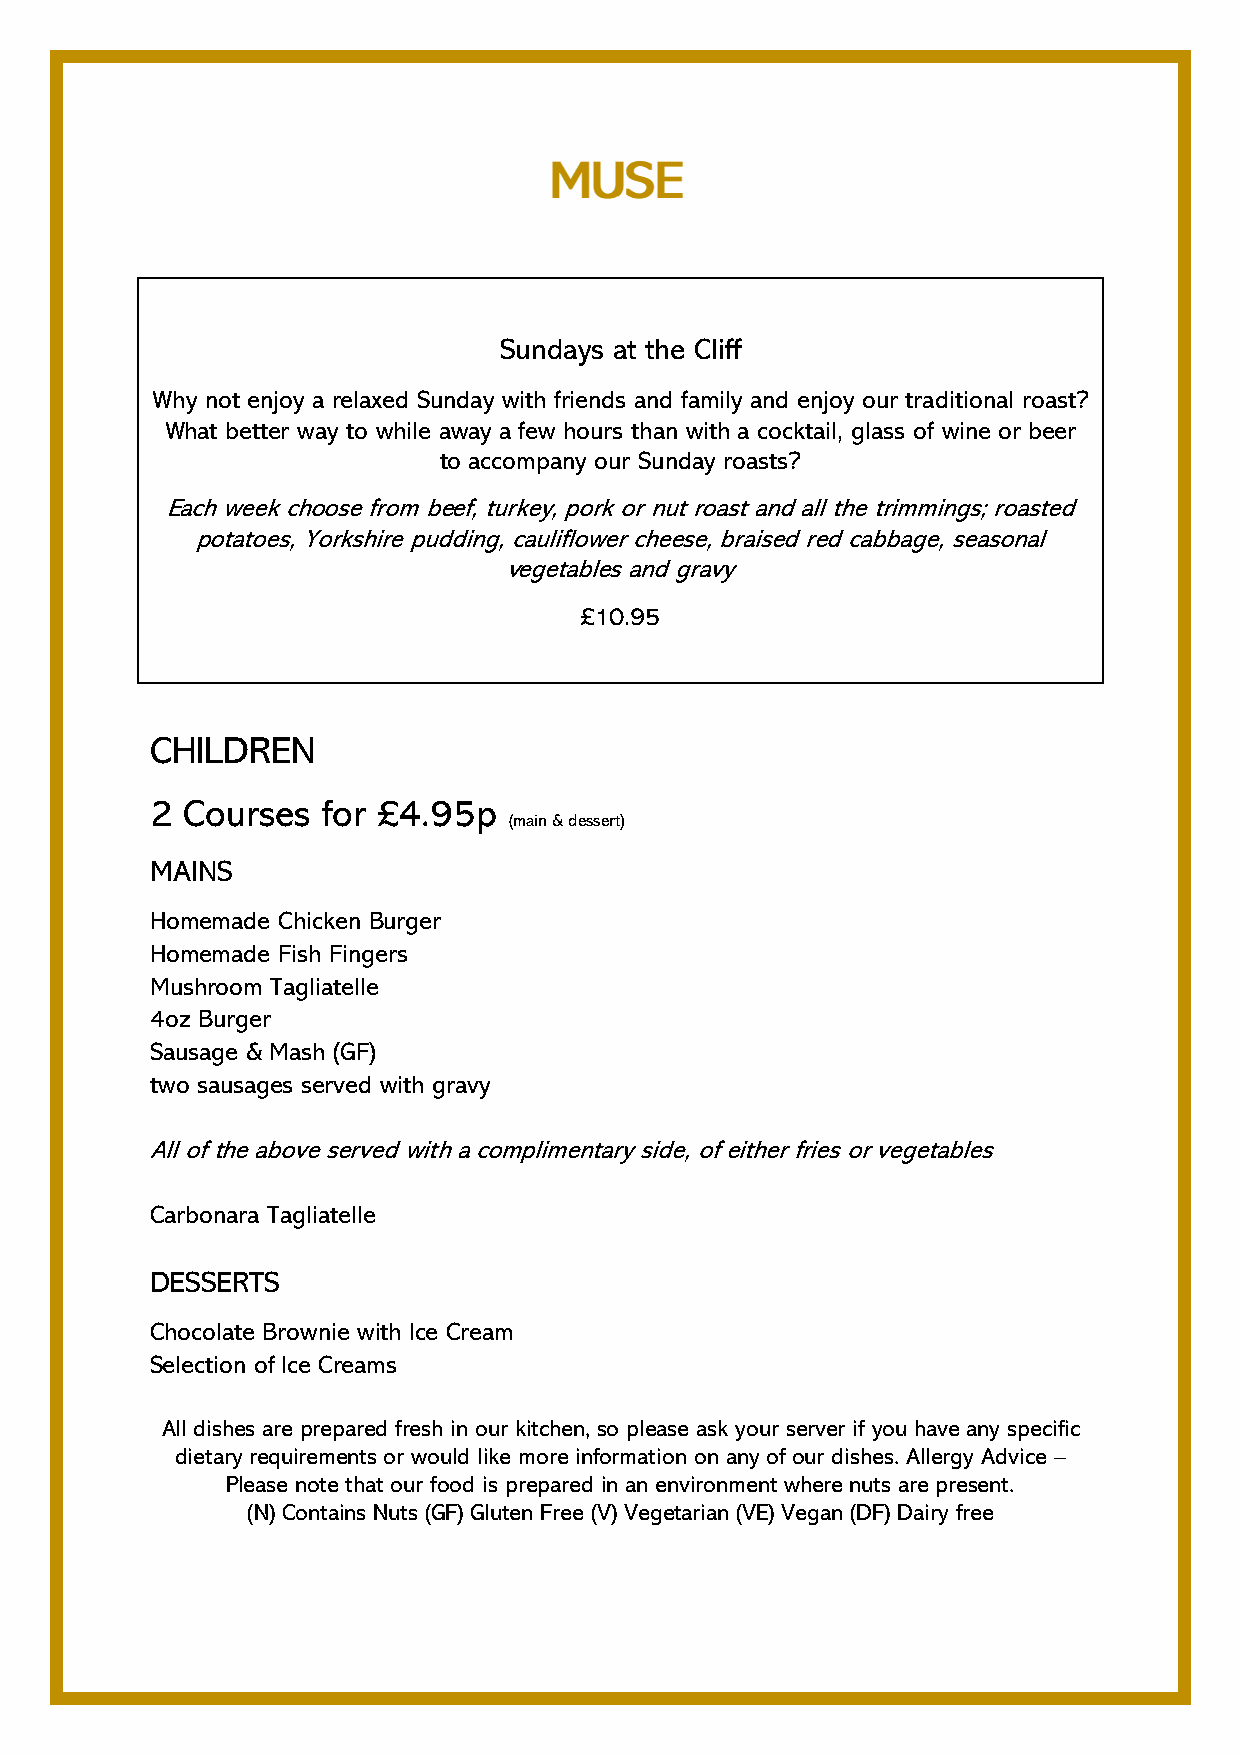
Sundays at the Cliff
 Why not enjoy a relaxed Sunday with friends and family and enjoy our traditional roast?
 What better way to while away a few hours than with a cocktail, glass of wine or beer
 to accompany our Sunday roasts?
 Each week choose from beef, turkey, pork or nut roast and all the trimmings; roasted
 potatoes, Yorkshire pudding, cauliflower cheese, braised red cabbage, seasonal
 vegetables and gravy
 £10.95
 CHILDREN
 2 Courses  for £4.95p
 (main & dessert)
 MAINS
 Homemade Chicken Burger
 Homemade Fish Fingers
 Mushroom Tagliatelle
 4oz Burger
 Sausage & Mash (GF)
 two sausages served with gravy
 All of the above served with a complimentary side, of either fries or vegetables
 Carbonara Tagliatelle
 DESSERTS
 Chocolate Brownie with Ice Cream
 Selection of Ice Creams
 All dishes are prepared fresh in our kitchen, so please ask your server if you have any specific
 dietary requirements or would like more information on any of our dishes. Allergy Advice –
 Please note that our food is prepared in an environment where nuts are present.
 (N) Contains Nuts (GF) Gluten Free (V) Vegetarian (VE) Vegan (DF) Dairy free